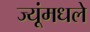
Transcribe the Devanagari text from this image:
ज्यूंमधले